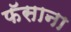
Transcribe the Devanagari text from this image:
फॅसाना